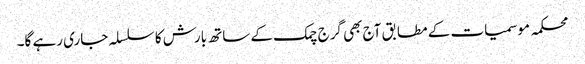
محکمہ موسمیات کے مطابق آج بھی گرج چمک کے ساتھ بارش کا سلسلہ جاری رہے گا۔